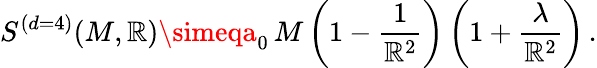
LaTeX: S^{(d=4)}(M,\mathbb{R})\simeqa_{0}\, M\left(1-\frac{{1}}{{\mathbb{R}^{2}}}\right)\left(1+\frac{{\lambda}}{{\mathbb{R}^{2}}}\right)\, .